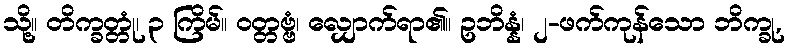
သို့။ တိက္ခတ္တုံ၊ ၃ ကြိမ်။ ဝတ္တဗ္ဗံ၊ လျှောက်ရာ၏။ ဥဘိန္နံ၊ ၂-ဖက်ကုန်သော ဘိက္ခု,